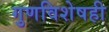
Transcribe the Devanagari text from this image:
गुणविशेषही